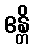
ဧန္တိ